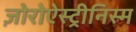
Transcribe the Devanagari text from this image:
ज़ोरोऐस्ट्रीनिस्म